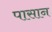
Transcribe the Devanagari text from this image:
पासान